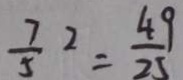
\frac { 7 } { 5 } ^ { 2 } = \frac { 4 9 } { 2 5 }